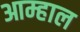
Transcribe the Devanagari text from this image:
आम्हाल